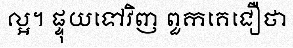
ល្អ។ ផ្ទុយទៅវិញ ពួកគេជឿថា